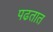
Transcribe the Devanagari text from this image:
पढतात